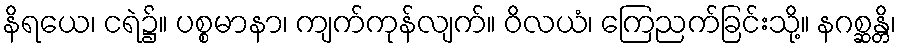
နိရယေ၊ ငရဲ၌။ ပစ္စမာနာ၊ ကျက်ကုန်လျက်။ ဝိလယံ၊ ကြေညက်ခြင်းသို့။ နဂစ္ဆန္တိ၊